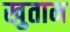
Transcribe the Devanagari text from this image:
खुतान